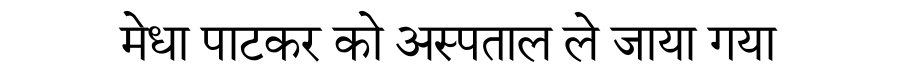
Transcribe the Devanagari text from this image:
मेधा पाटकर को अस्पताल ले जाया गया